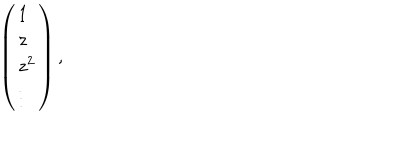
\left( \begin{array} { l } { { 1 } } \\ { { z } } \\ { { z ^ { 2 } } } \\ { { \vdots } } \\ \end{array} \right) ,